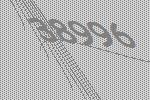
38996